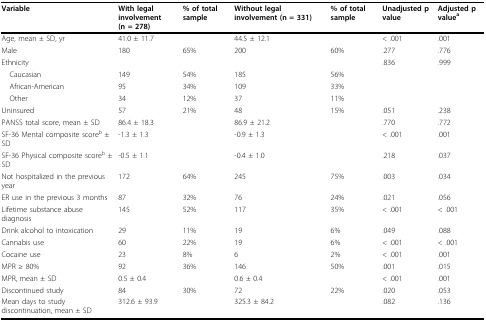
<table><thead><tr><td><b>Variable</b></td><td><b>With legal involvement (n = 278)</b></td><td><b>% of total sample</b></td><td><b>Without legal involvement (n = 331)</b></td><td><b>% of total sample</b></td><td><b>Unadjusted p value</b></td><td><b>Adjusted p value<sup>a</sup></b></td></tr></thead><tbody><tr><td>Age, mean ± SD, yr</td><td>41.0 ± 11.7</td><td></td><td>44.5 ± 12.1</td><td></td><td>&lt; .001</td><td>.001</td></tr><tr><td>Male</td><td>180</td><td>65%</td><td>200</td><td>60%</td><td>.277</td><td>.776</td></tr><tr><td>Ethnicity</td><td></td><td></td><td></td><td></td><td>.836</td><td>.999</td></tr><tr><td> Caucasian</td><td>149</td><td>54%</td><td>185</td><td>56%</td><td></td><td></td></tr><tr><td> African-American</td><td>95</td><td>34%</td><td>109</td><td>33%</td><td></td><td></td></tr><tr><td> Other</td><td>34</td><td>12%</td><td>37</td><td>11%</td><td></td><td></td></tr><tr><td>Uninsured</td><td>57</td><td>21%</td><td>48</td><td>15%</td><td>.051</td><td>.238</td></tr><tr><td>PANSS total score, mean ± SD</td><td>86.4 ± 18.3</td><td></td><td>86.9 ± 21.2</td><td></td><td>.770</td><td>.772</td></tr><tr><td>SF-36 Mental composite score<sup>b </sup>± SD</td><td>-1.3 ± 1.3</td><td></td><td>-0.9 ± 1.3</td><td></td><td>&lt; .001</td><td>.001</td></tr><tr><td>SF-36 Physical composite score<sup>b </sup>± SD</td><td>-0.5 ± 1.1</td><td></td><td>-0.4 ± 1.0</td><td></td><td>.218</td><td>.037</td></tr><tr><td>Not hospitalized in the previous year</td><td>172</td><td>64%</td><td>245</td><td>75%</td><td>.003</td><td>.034</td></tr><tr><td>ER use in the previous 3 months</td><td>87</td><td>32%</td><td>76</td><td>24%</td><td>.021</td><td>.056</td></tr><tr><td>Lifetime substance abuse diagnosis</td><td>145</td><td>52%</td><td>117</td><td>35%</td><td>&lt; .001</td><td>&lt; .001</td></tr><tr><td>Drink alcohol to intoxication</td><td>29</td><td>11%</td><td>19</td><td>6%</td><td>.049</td><td>.088</td></tr><tr><td>Cannabis use</td><td>60</td><td>22%</td><td>19</td><td>6%</td><td>&lt; .001</td><td>&lt; .001</td></tr><tr><td>Cocaine use</td><td>23</td><td>8%</td><td>6</td><td>2%</td><td>&lt; .001</td><td>.001</td></tr><tr><td>MPR ≥ 80%</td><td>92</td><td>36%</td><td>146</td><td>50%</td><td>.001</td><td>.015</td></tr><tr><td>MPR, mean ± SD</td><td>0.5 ± 0.4</td><td></td><td>0.6 ± 0.4</td><td></td><td>&lt; .001</td><td>.001</td></tr><tr><td>Discontinued study</td><td>84</td><td>30%</td><td>72</td><td>22%</td><td>.020</td><td>.053</td></tr><tr><td>Mean days to study discontinuation, mean ± SD</td><td>312.6 ± 93.9</td><td></td><td>325.3 ± 84.2</td><td></td><td>.082</td><td>.136</td></tr></tbody></table>